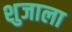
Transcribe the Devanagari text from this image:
शुजाला